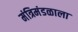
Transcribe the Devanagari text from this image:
मंत्रिमंडळाला